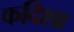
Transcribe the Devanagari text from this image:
कदिशा